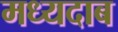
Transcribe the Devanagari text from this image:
मध्यदाब